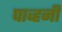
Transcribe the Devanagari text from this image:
पाव्हनी